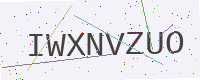
Text: IWXNVZUO